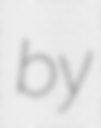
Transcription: by